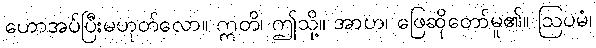
ဟောအပ်ပြီးမဟုတ်လော။ ဣတိ၊ ဤသို့။ အာဟ၊ ဖြေဆိုတော်မူ၏။ ဩပမံ၊